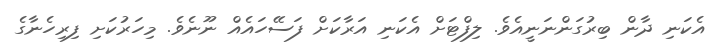
އެކަނި ދާން ބިރުގަންނަނީއެވެ. ލިފްޓަށް އެކަނި އަރާކަށް ފަސޭހައެއް ނޫނެވެ. މިހަރުކަށި ފިރިހެނާގެ